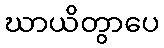
ဃာယိတွာပေ